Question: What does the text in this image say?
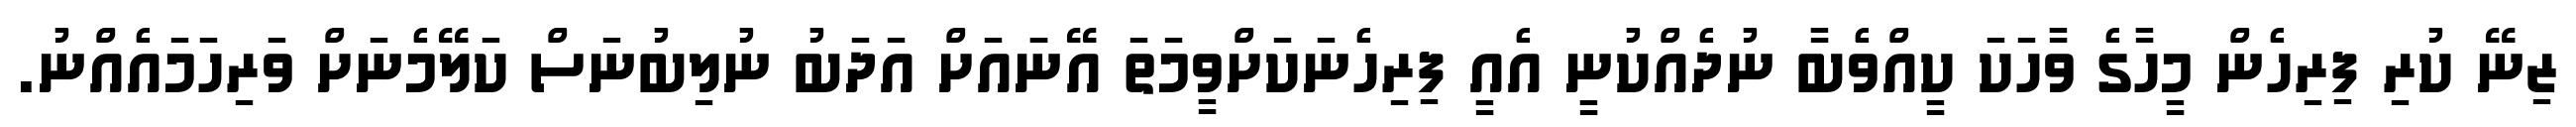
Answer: ޒިނޭ ކުރި ފިރިހެން މީހާގެ ވާހަކަ ކީއްވެބާ ނުދެއްކުނީ އެއީ ފިރިހެނަކަށްވީމަތަ އޭނަައަށް އަދަބު ނުލިބުނަސް ކަލޭމެނަށް ވަރިހަމައެއްނު.